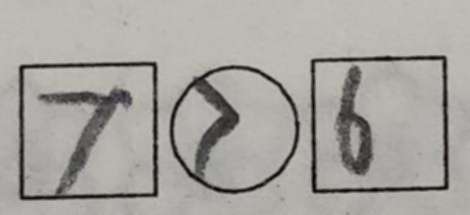
\boxed { 7 } \textcircled { > } \boxed { 6 }